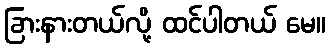
ခြားနားတယ်လို့ ထင်ပါတယ် မေ။